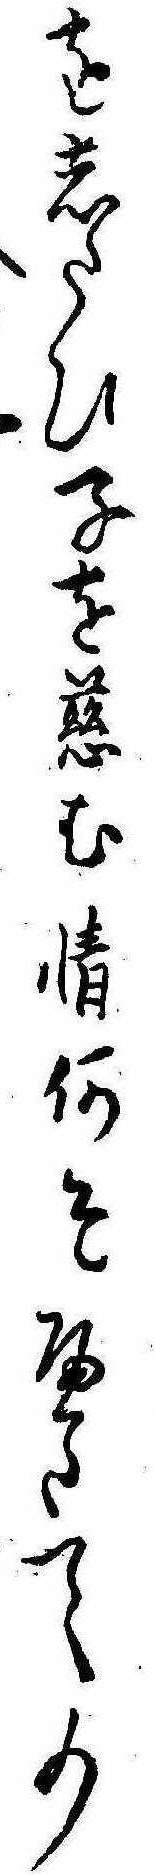
をしたひ子を慈む情何そへたての